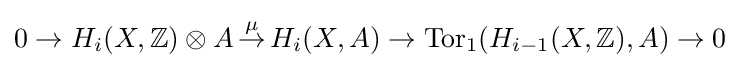
0\to H_{i}(X,\mathbb {Z} )\otimes A\,{\overset {\mu }{\to }}\,H_{i}(X,A)\to \operatorname {Tor} _{1}(H_{i-1}(X,\mathbb {Z} ),A)\to 0